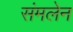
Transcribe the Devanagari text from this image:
संमलेन